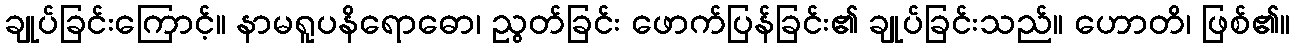
ချုပ်ခြင်းကြောင့်။ နာမရူပနိရောဓော၊ ညွတ်ခြင်း ဖောက်ပြန်ခြင်း၏ ချုပ်ခြင်းသည်။ ဟောတိ၊ ဖြစ်၏။